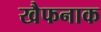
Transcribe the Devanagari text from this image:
खैफनाक